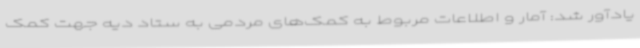
یادآور شد: آمار و اطلاعات مربوط به کمک‌های مردمی به ستاد دیه جهت کمک